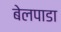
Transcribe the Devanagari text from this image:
बेलपाडा